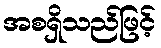
အစရှိသည်ဖြင့်